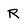
Character: R